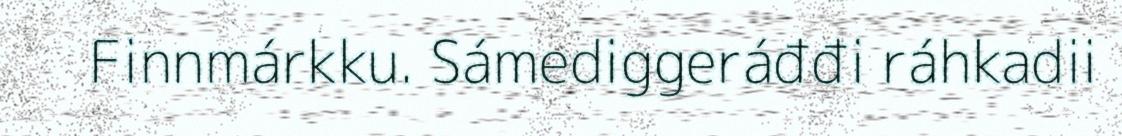
Finnmárkku. Sámediggeráđđi ráhkadii